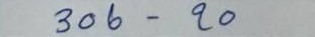
306 - 20